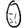
Digit: 0